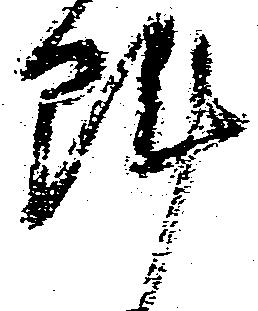
陣